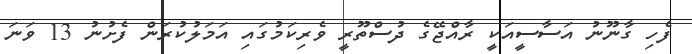
ފެހި ގާނޫނު އަސާސީއަކީ ރާއްޖޭގެ ދުސްތޫރީ ވެރިކަމުގައި އަމަލުކުރަން ފެށުނު 13 ވަނަ